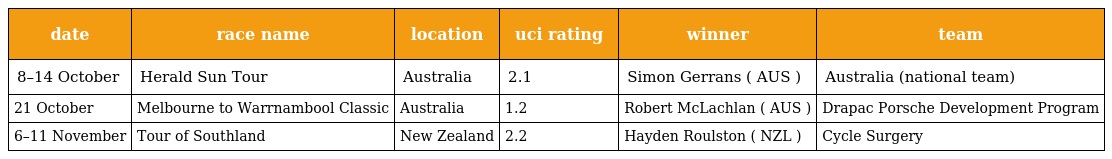
| date | race name | location | uci rating | winner | team |
 | --- | --- | --- | --- | --- | --- |
 | 8–14 October | Herald Sun Tour | Australia | 2.1 | Simon Gerrans ( AUS ) | Australia (national team) |
 | 21 October | Melbourne to Warrnambool Classic | Australia | 1.2 | Robert McLachlan ( AUS ) | Drapac Porsche Development Program |
 | 6–11 November | Tour of Southland | New Zealand | 2.2 | Hayden Roulston ( NZL ) | Cycle Surgery |